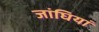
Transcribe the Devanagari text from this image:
जांघियां